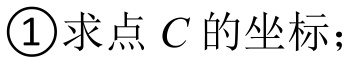
\textcircled{1}求点\(C\)的坐标；